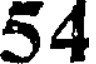
54